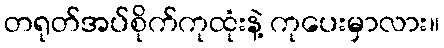
တရုတ်အပ်စိုက်ကုထုံးနဲ့ ကုပေးမှာလား။